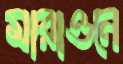
মারাওনে